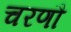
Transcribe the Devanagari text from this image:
चरणौ